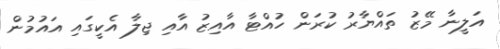
އަލީނާ މޭޒު ތައްޔާރު ކުރަން ހުއްޓާ އާއިޒު އާއި ޖިލާ އެކީގައި އައުމުން